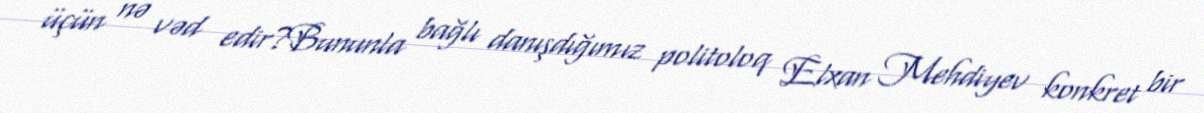
üçün nə vəd edir?Bununla bağlı danışdığımız politoloq Elxan Mehdiyev konkret bir